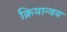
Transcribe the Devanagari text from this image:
क्रियान्वय